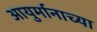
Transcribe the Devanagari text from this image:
आयुर्मानाच्या